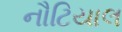
નૌટિયાલ